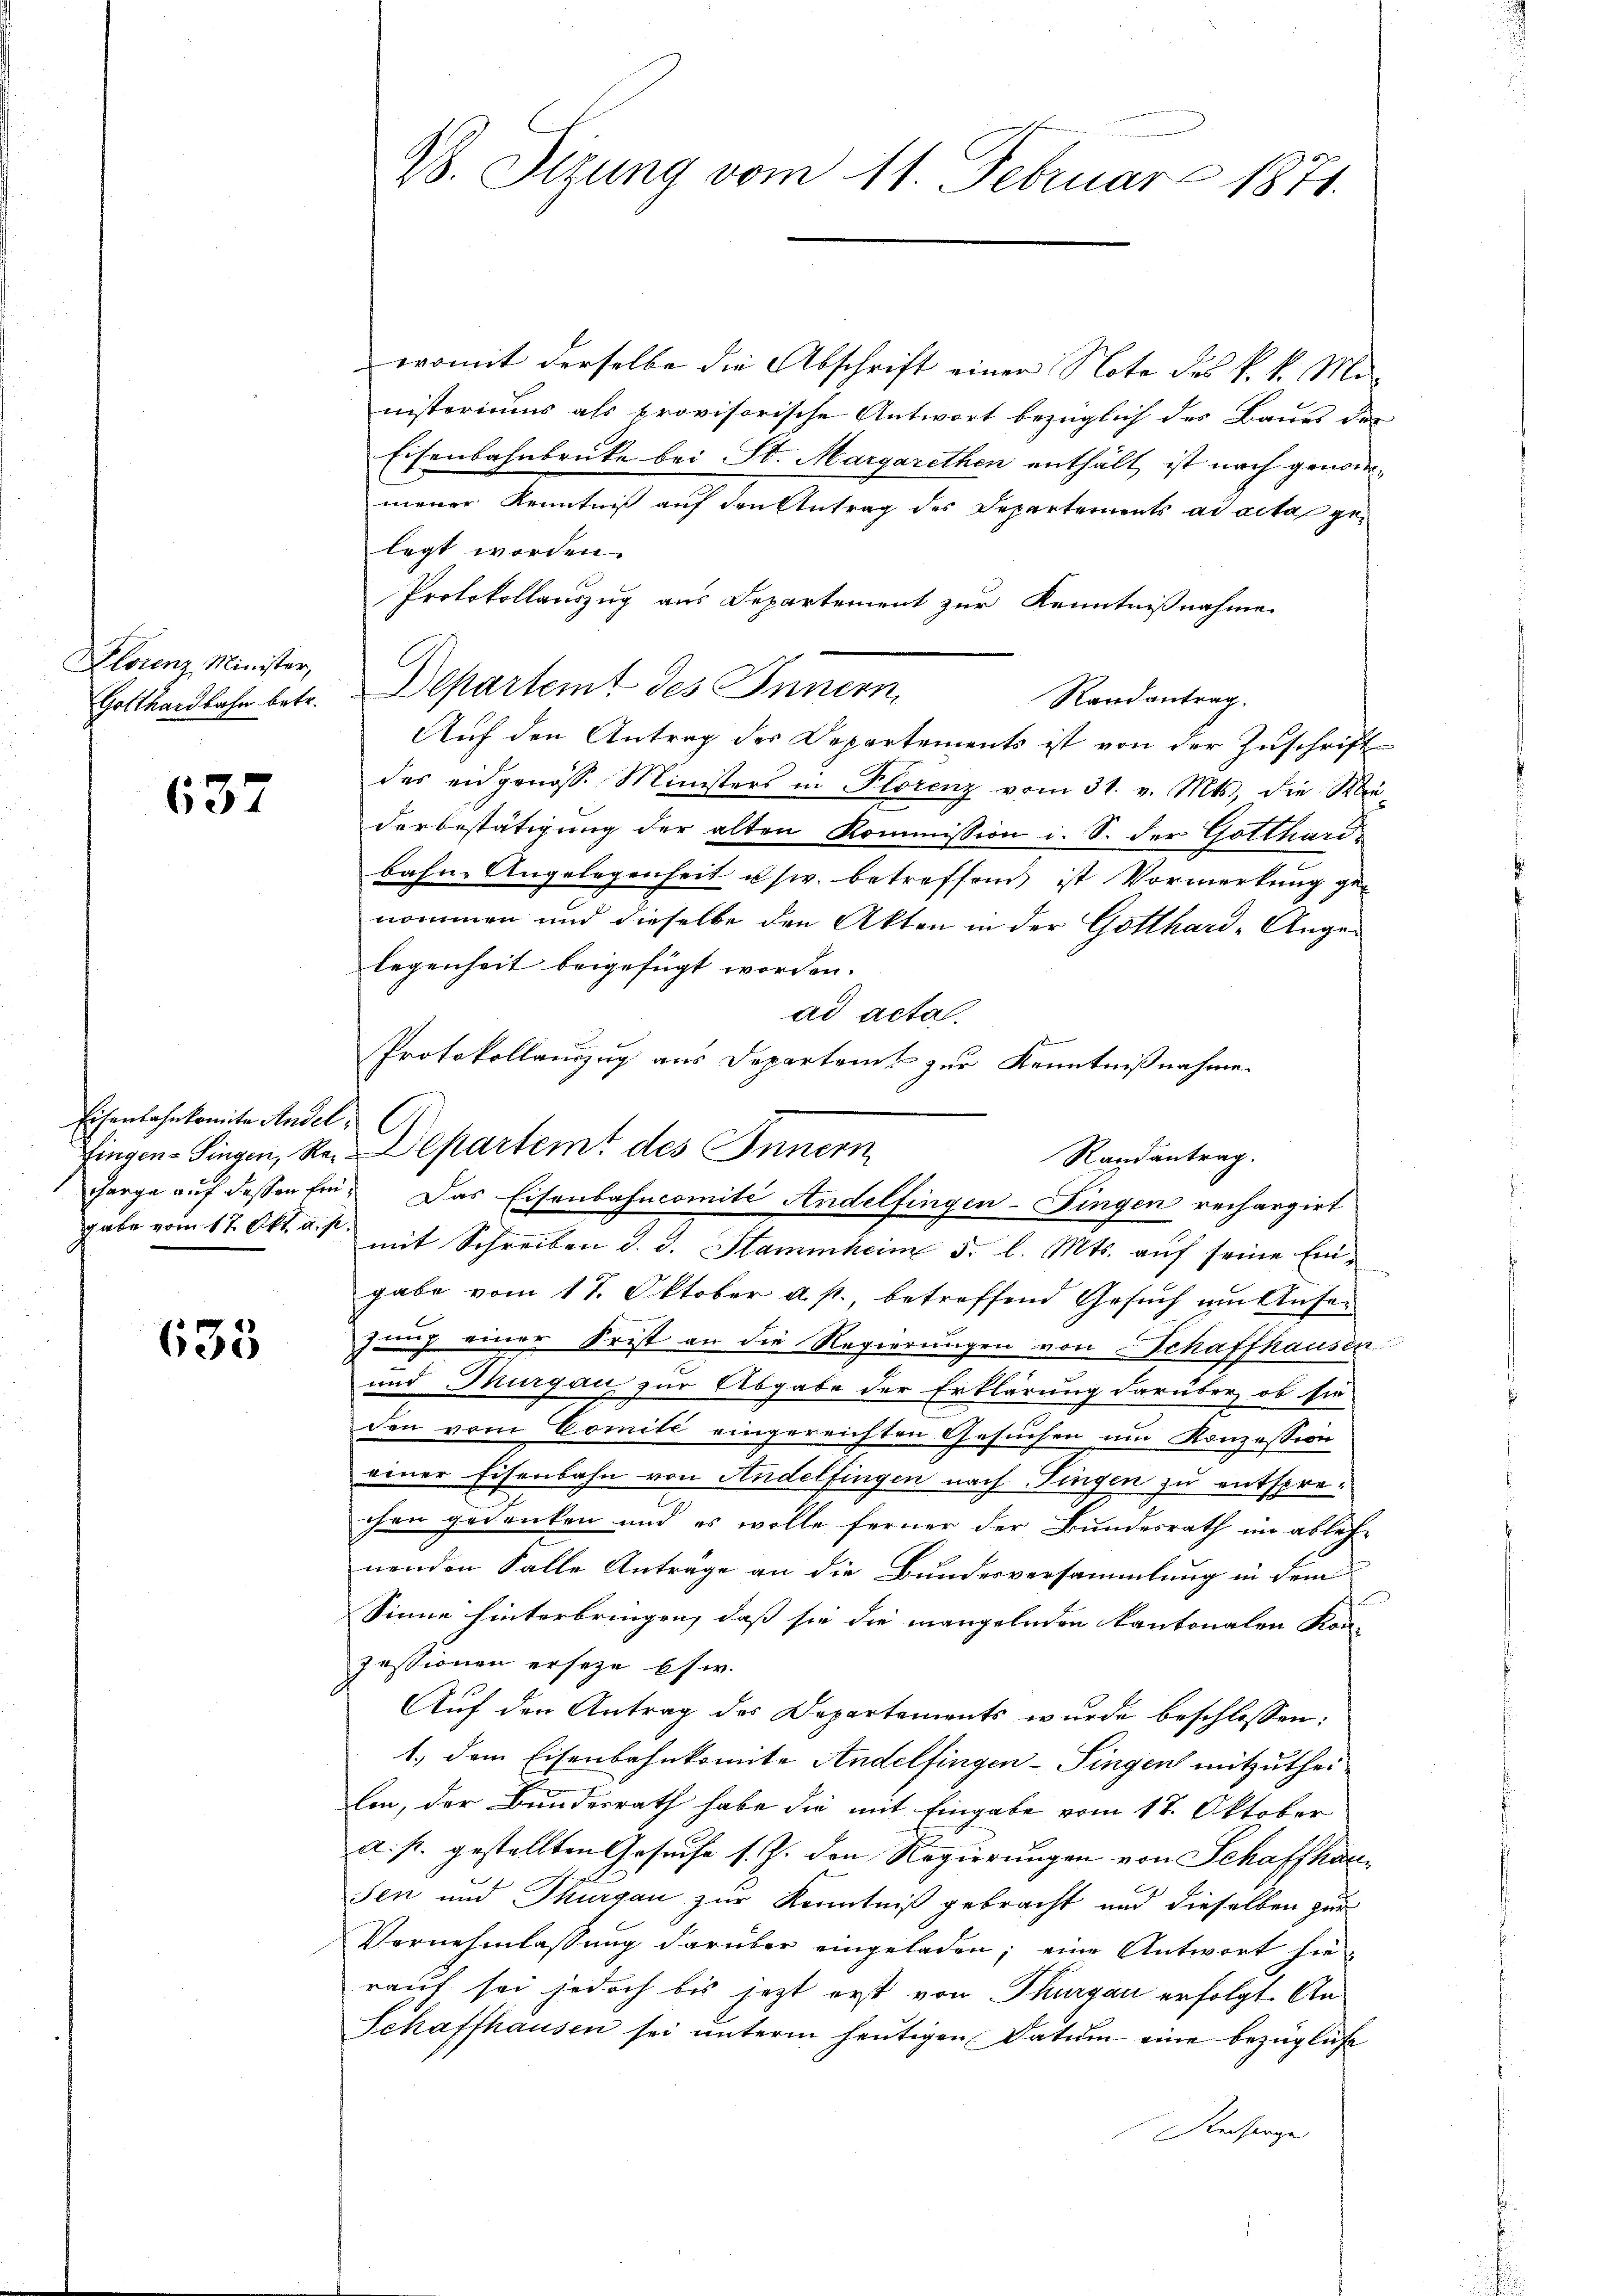
Plorenz Minister,
Gotthardbahn betr.

637

Eisenbahnkomite Andel,

635

W. Sizung vom 11. Februar 1871.

womit derselbe die Abschrift einer Note des k. k. Ministeriums als provisorische Antwort bezüglich des Baues der
Eisenbahnbrüke bei St. Margarethen enthält, ist nach genommener Kenntniß auf den Antrag des Departements ad acta gelegt worden.
Protokollauszug aus Departement zur Kenntnißnahme
Departeit des Innern,
Auf den Antrag des Departements ist von der Zuschrift
des eidgenosse Ministers in Florenz vom 31. v. Mts., die Mie-
derbestätigung der alten Kommission i. S. der Gotthard
bahn-Angelegenheit usw. betreffend ist Vormerkung genommen und dieselbe den Akten in der Gotthard-Angelegenheit beigefügt worden.
ad acta.
d
Protokollauszug aus Departeit zur Kenntnißnahme.
fingen-Singen, Re-Departemt des Innern
gabe vom 17. Okt. a. 1 mit Schreiben d. J. Stammheim 3. l. Mts. aŭf seine Ein-
gabe vom 17. Oktober a. p., betreffend Gesuch am Ansezung einer Frist an die Regierungen von Schaffhausen
und Thurgau zur Abgabe der Erklärung darüber, ob sie
den vom Comité eingereichten Gesuchen um Konzession
einer Eisenbahn von Andelfingen nach Fingen zu entsprechen gedanken und es wolle ferner der Bundesrath im ableh-
nenden Falle Anträge an die Bundesversammlung in dem
nd
Sinne hinterbringen, daß sie die mangelnden kantonalen Kon-
pessionen erseze es w.
Auf den Antrag des Departements wurde beschlossen:
1.) dem Eisenbahnkomite Andelfingen-Singen mitzuthei-
len, der Bundesrath habe die mit Eingabe vom 17. Oktober
a. p. gestellten Gesuche s. Z. den Regierungen von Schaffhausen und Thurgau zur Kenntniß gebracht und dieselben zur
Vornehmlassung darüber eingeladen; eine Antwort hie-
rauf sei jedoch bis jetzt erst von Thurgau erfolgt. An¬
Schaffhausen sei ŭnterm heŭtigen Datum eine bezügliche
Reiserge

G

gange auf dessen fin. Das Eisenbahncomite Andelfingen-Fingen rechargirt

Randantrag.

Randantrag.